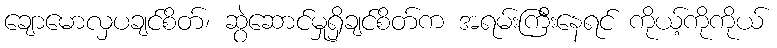
ချောမောလှပချင်စိတ်၊ ဆွဲဆောင်မှုရှိချင်စိတ်က အရမ်းကြီးနေရင် ကိုယ့်ကိုကိုယ်